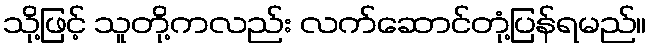
သို့ဖြင့် သူတို့ကလည်း လက်ဆောင်တုံ့ပြန်ရမည်။